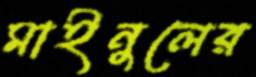
মাইনুলের